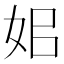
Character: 㚶